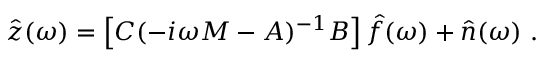
\boldsymbol { \hat { z } } ( \omega ) = \left[ \boldsymbol { C } ( - i \omega \boldsymbol { M } - \boldsymbol { A } ) ^ { - 1 } \boldsymbol { B } \right] \boldsymbol { \hat { f } } ( \omega ) + \boldsymbol { \hat { n } } ( \omega ) \mathrm { ~ . ~ }